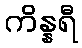
ကိန္နရီ